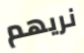
نريهم